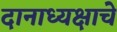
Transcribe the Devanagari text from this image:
दानाध्यक्षाचे